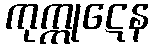
ကုက္ကုဋေန